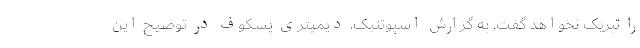
را تبریک نخواهد گفت. به گزارش اسپوتنیک، دیمیتری پسکوف در توضیح این